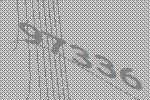
97336